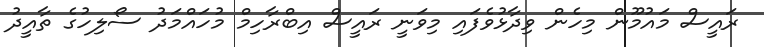
ރައީސް މައުމޫން މިހެން ވިދާޅުވެފައި މިވަނީ ރައީސް އިބްރާހިމް މުހައްމަދު ސޯލިހުގެ ތާއީދު